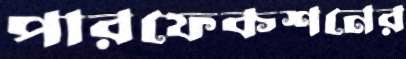
পারফেকশনের